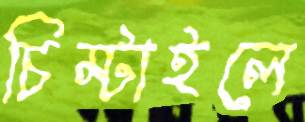
চিম্‌টাইলে